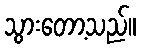
သွားတော့သည်။